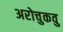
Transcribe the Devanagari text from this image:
अरोचुकवु